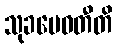
သုခမေဓတီတိ